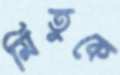
মিতুকে